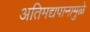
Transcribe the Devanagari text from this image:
अतिमद्यपानामुळे